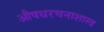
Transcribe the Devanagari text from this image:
औषधरचनाशास्त्र